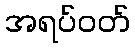
အရပ်ဝတ်